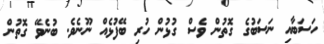
ހަސަބާއި ނަސަބުގެ ގޮތުން ވެސް ގުޅުން ހުރި ބޭފުޅެއް ނޫނެވެ. ބުނެވޭ ގޮތުން